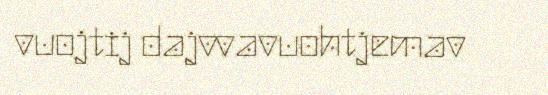
vuojtij dajvvavuohtjemav